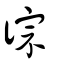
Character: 徖